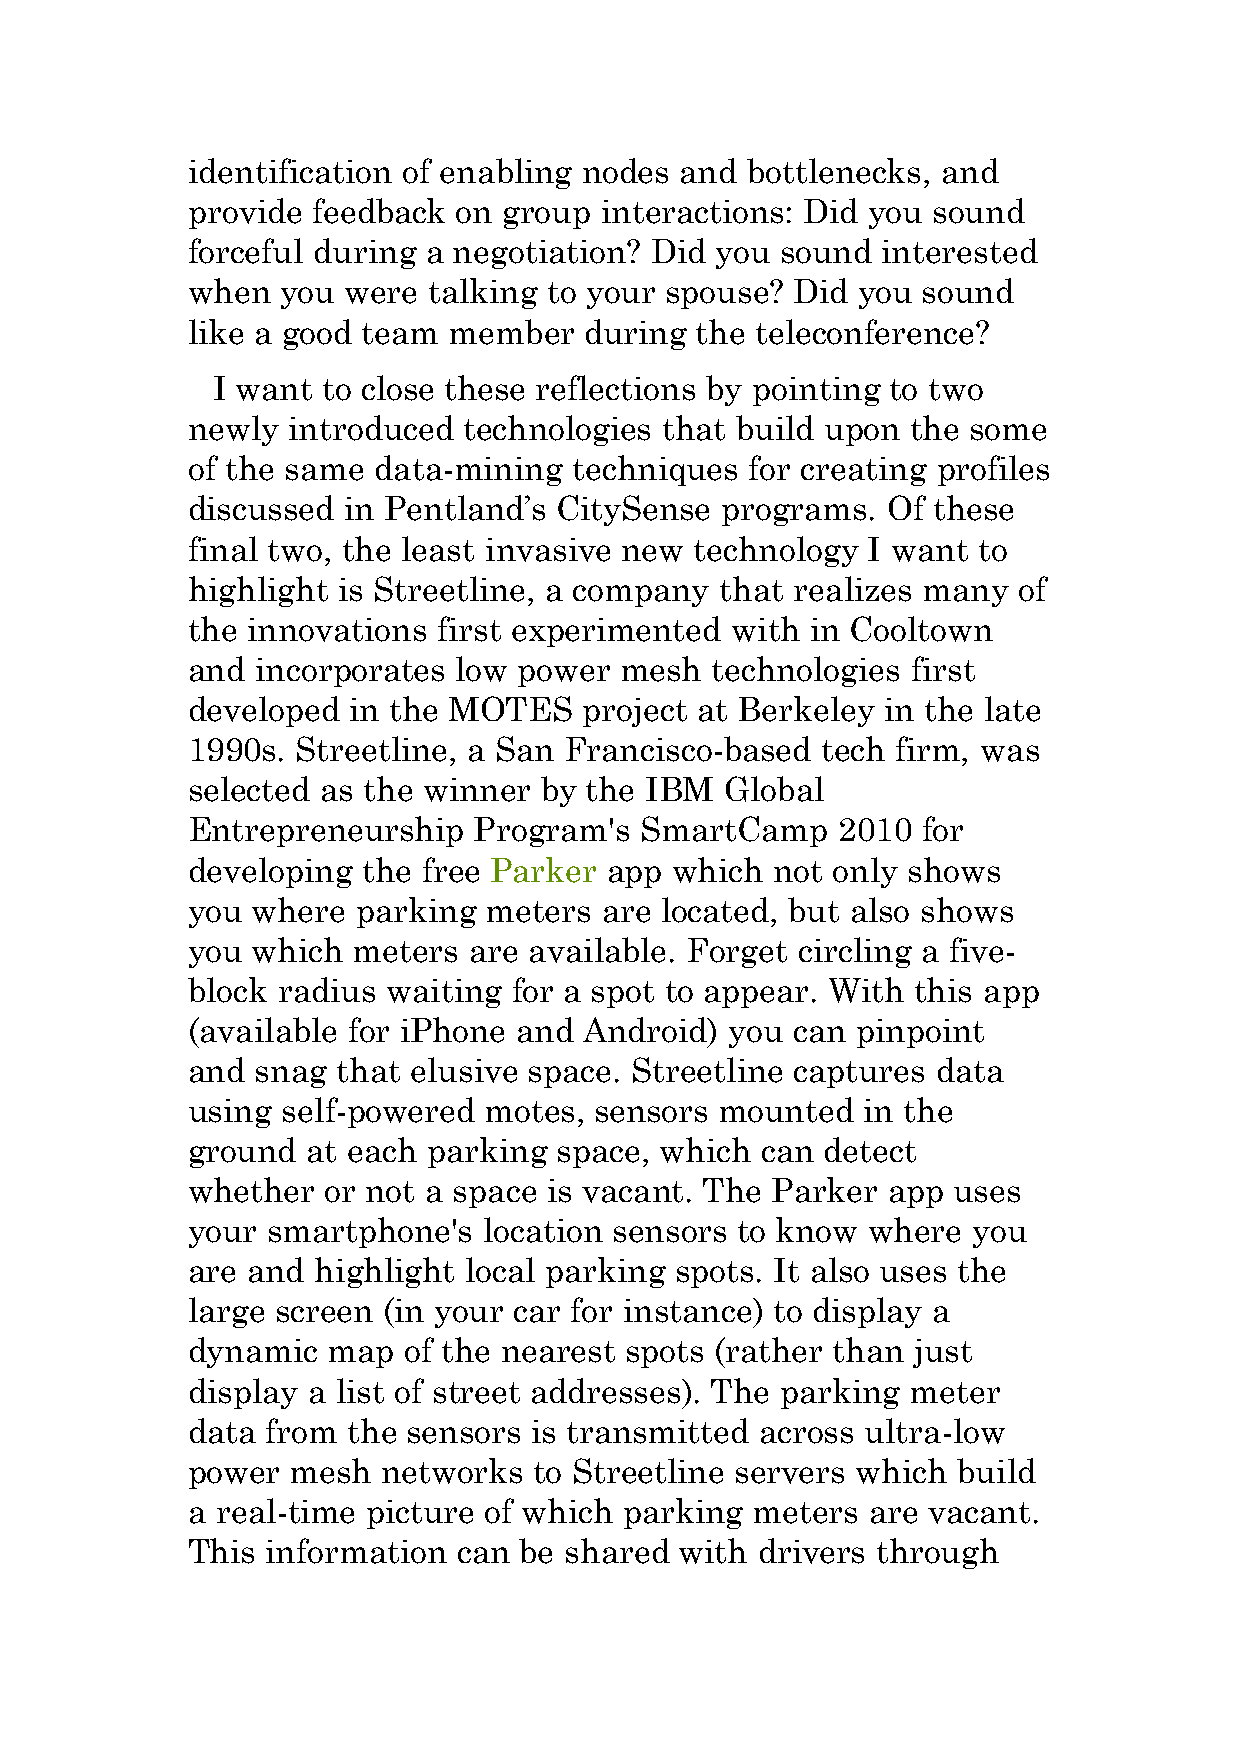
identification of enabling nodes and bottlenecks, and
 provide  feedback on group  interactions: Did you sound
 forceful during a negotiation? Did you  sound interested
 when   you were talking to your spouse?  Did you sound
 like a good team  member   during the teleconference?
 I want to close these reflections by pointing to two
 newly  introduced  technologies that build upon the some
 of the same  data-mining  techniques  for creating profiles
 discussed  in Pentland’s CitySense  programs.  Of these
 final two, the least invasive new technology I want  to
 highlight is Streetline, a company  that realizes many of
 the innovations  first experimented with  in Cooltown
 and  incorporates low power  mesh  technologies first
 developed  in the MOTES    project at Berkeley in the late
 1990s.  Streetline, a San Francisco-based tech firm, was
 selected as the winner  by the IBM  Global
 Entrepreneurship   Program's  SmartCamp    2010  for
 developing  the free Parker app  which not only shows
 you  where  parking meters  are located, but also shows
 you  which meters  are available. Forget circling a five-
 block radius  waiting for a spot to appear. With this app
 (available for iPhone and  Android) you can  pinpoint
 and  snag that elusive space. Streetline captures data
 using  self-powered motes, sensors  mounted  in the
 ground  at each parking  space, which can  detect
 whether  or not a space is vacant. The Parker  app uses
 your  smartphone's  location sensors to know where  you
 are and  highlight local parking spots. It also uses the
 large screen (in your car for instance) to display a
 dynamic   map  of the nearest spots (rather than just
 display a list of street addresses). The parking meter
 data  from the sensors is transmitted across ultra-low
 power  mesh  networks  to Streetline servers which build
 a real-time picture of which parking  meters  are vacant.
 This  information can be shared  with drivers through